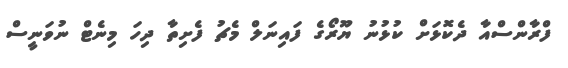
ފްރާންސްއާ ދެކޮޅަށް ކުޅުނު ޔޫރޯގެ ފައިނަލް މެޗު ފެށިތާ ދިހަ މިނެޓް ނުވަނީސް